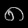
Digit: ၈